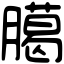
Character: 臈